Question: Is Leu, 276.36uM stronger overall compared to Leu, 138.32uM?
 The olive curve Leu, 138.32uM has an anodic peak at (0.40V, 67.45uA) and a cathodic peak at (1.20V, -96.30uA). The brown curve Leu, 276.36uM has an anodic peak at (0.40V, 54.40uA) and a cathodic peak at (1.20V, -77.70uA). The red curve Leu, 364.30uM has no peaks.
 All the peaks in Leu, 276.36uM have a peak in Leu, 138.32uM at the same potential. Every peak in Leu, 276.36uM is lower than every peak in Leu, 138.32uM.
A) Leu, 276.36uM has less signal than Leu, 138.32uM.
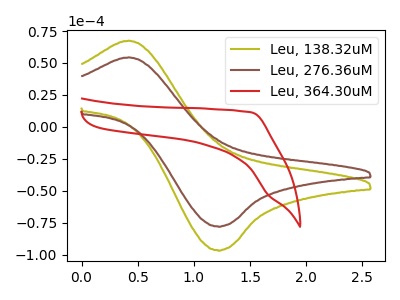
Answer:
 <answer>A) "Leu, 276.36uM" has less signal than "Leu, 138.32uM".</answer>
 <eval>A</eval>